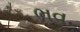
ભવ